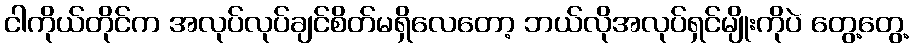
ငါကိုယ်တိုင်က အလုပ်လုပ်ချင်စိတ်မရှိလေတော့ ဘယ်လိုအလုပ်ရှင်မျိုးကိုပဲ တွေ့တွေ့